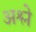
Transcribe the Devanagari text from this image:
अश्ले